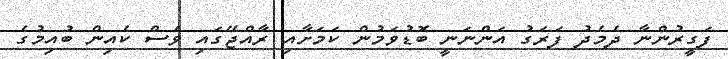
ފަގީރުންނާ ދެމެދު ފަރަގު އަންނަނީ ބޮޑުވަމުން ކަމަށާއި ރާއްޖޭގައި ވެސް ކެއިން ބުއިމުގެ